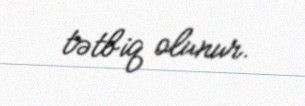
tətbiq olunur.